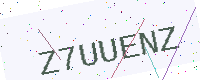
Text: Z7UUENZ